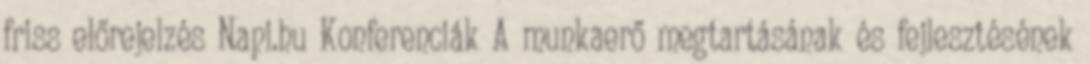
friss előrejelzés Napi.hu Konferenciák A munkaerő megtartásának és fejlesztésének